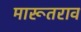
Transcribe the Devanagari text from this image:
मारूतराव